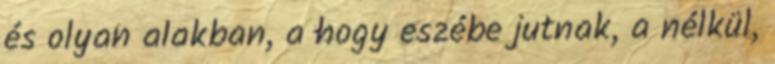
és olyan alakban, a hogy eszébe jutnak, a nélkül,